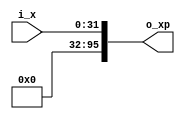
//////////////////////////////////////////////////////////////////////////////////
// Company       : TSU
// Engineer      : 
// 
// Project Name  : 
// Design Name   : 
// Description   : 
//                
// 
// Dependencies  : 
// 
// Revision      : 
//                 - V1.0 File Created
// Additional Comments:
// 
//////////////////////////////////////////////////////////////////////////////////
// 
// WARNING: THIS FILE IS AUTOGENERATED
// ANY MANUAL CHANGES WILL BE LOST

`timescale 1ns/1ps
module Expand1_n1o3k32(
    input  wire [31:0] i_x,
    output wire [95:0] o_xp);


// ------------------------------------------------------------------------------
// for(i=0;i<1;i++)
// {
//   xp[i]=x[i];
// }
// ------------------------------------------------------------------------------
assign o_xp[ 0+:32] = i_x[ 0+:32];


// ------------------------------------------------------------------------------
// for(i=1;i<3;i++)
// {
//   xp[i]=0;
// }
// ------------------------------------------------------------------------------
assign o_xp[32+:32] = 32'd0;
assign o_xp[64+:32] = 32'd0;


endmodule